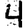
Digit: 4